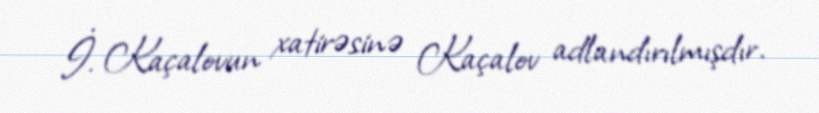
İ. Kaçalovun xatirəsinə Kaçalov adlandırılmışdır.